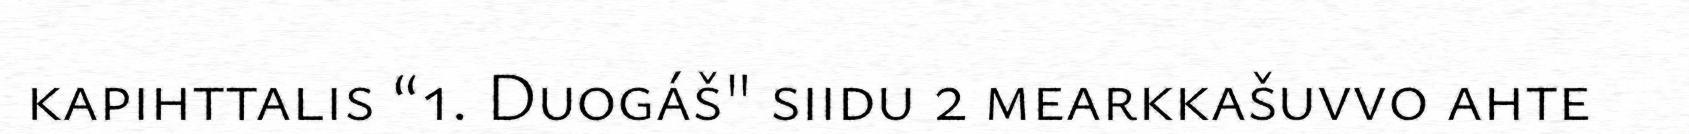
kapihttalis “1. Duogáš" siidu 2 mearkkašuvvo ahte